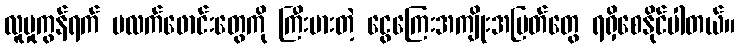
လူမှုကွန်ရက် ပလက်ဖောင်းတွေကို ကြီးမားတဲ့ ငွေကြေးအကျိုးအမြတ်တွေ ရရှိစေနိုင်ပါတယ်။